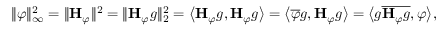
\| \varphi \| _ { \infty } ^ { 2 } = \| \mathbf { H } _ { \varphi } \| ^ { 2 } = \| \mathbf { H } _ { \varphi } g \| _ { 2 } ^ { 2 } = \big \langle \mathbf { H } _ { \varphi } g , \mathbf { H } _ { \varphi } g \big \rangle = \big \langle \overline { { \varphi } } g , \mathbf { H } _ { \varphi } g \big \rangle = \big \langle g \overline { { \mathbf { H } _ { \varphi } g } } , \varphi \big \rangle ,